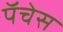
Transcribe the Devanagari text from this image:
पॅचेस